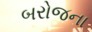
બરોજના